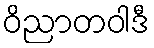
ဝိညာတဝါဒီ